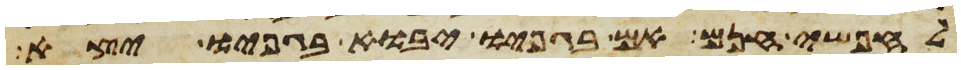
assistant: לחפשי חנם אם בגפיו יבוא בגפיו יצא